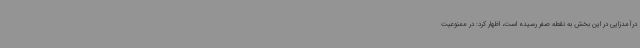
درآمدزایی در این بخش به نقطه صفر رسیده است، اظهار کرد: در ممنوعیت